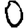
Digit: 0